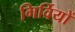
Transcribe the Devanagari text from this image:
गिर्वियों